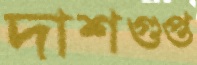
দাশগুপ্ত